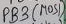
Text: PB3(MOSI)